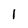
Character: 1